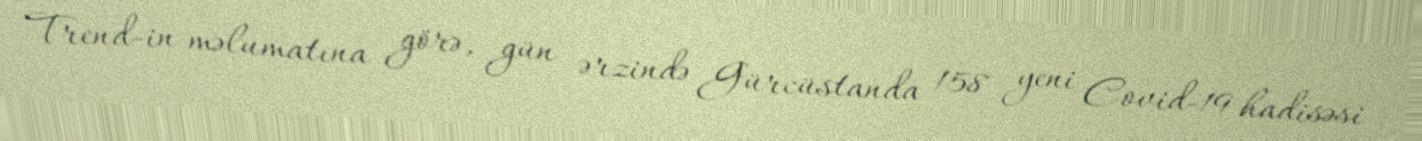
Trend-in məlumatına görə, gün ərzində Gürcüstanda 158 yeni Covid-19 hadisəsi